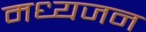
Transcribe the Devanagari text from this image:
मध्यजन